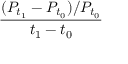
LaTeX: \frac { ( P _ { t _ { 1 } } - P _ { t _ { 0 } } ) / P _ { t _ { 0 } } } { t _ { 1 } - t _ { 0 } }